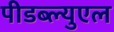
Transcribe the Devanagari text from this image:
पीडब्ल्युएल